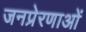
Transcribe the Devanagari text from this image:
जनप्रेरणाओं